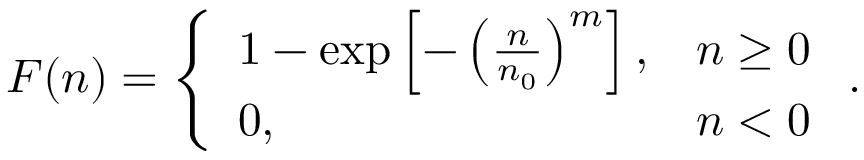
F ( n ) = \left\{ \begin{array} { l l } { 1 - \exp \left[ - \left( \frac { n } { n _ { 0 } } \right) ^ { m } \right] , } & { n \ge 0 } \\ { 0 , } & { n < 0 } \end{array} \right. .